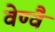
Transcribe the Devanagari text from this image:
वेण्वै